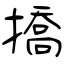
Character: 撟